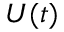
U ( t )